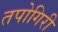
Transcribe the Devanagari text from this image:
तपोगिरी